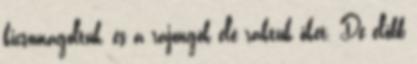
kicsomagoltuk, és a rajongók elé raktuk őket. De előbb